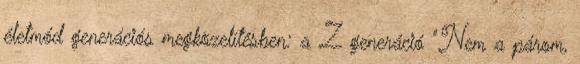
életmód generációs megközelítésben: a Z generáció "Nem a párom,